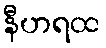
နီဟရထ